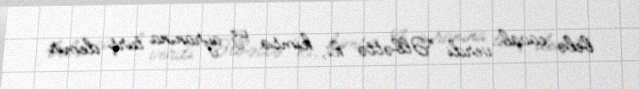
belə cavab verdi: “Əlbəttə ki, kimsə öz ayranına turş demir.